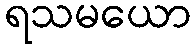
ရသမယော